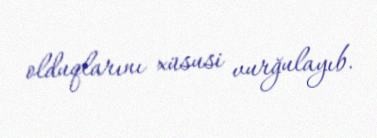
olduqlarını xüsusi vurğulayıb.